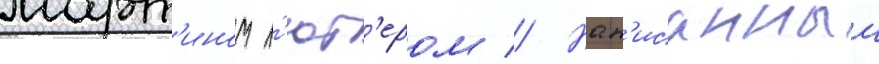
март'ином л'ют'ером // Нап'исанныи